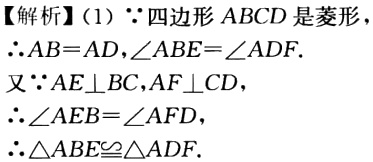
【解析】(1) $\because$四边形$ABCD$是菱形
$\therefore AB = AD,\angle ABE=\angle ADF$.
又$\because AE\perp BC,AF\perp CD$，
$\therefore\angle AEB=\angle AFD$，
$\therefore\triangle ABE\cong\triangle ADF$.